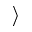
\rangle